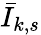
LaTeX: {\bar{I}}_{k,s}